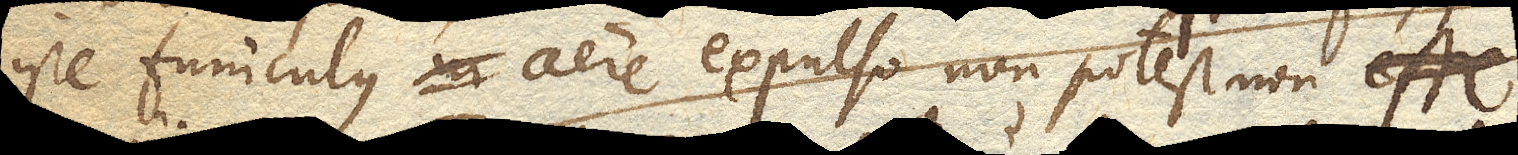
iste funiculus aere expulso non potest non esse